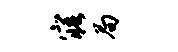
寤局